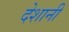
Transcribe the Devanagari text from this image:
देशानी